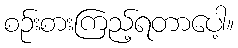
စဉ်းစားကြည့်ရတာပေါ့။